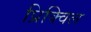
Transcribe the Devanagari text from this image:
प्रिक्विल